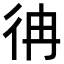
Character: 𢓒